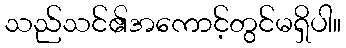
သည်သင်၏အကောင့်တွင်မရှိပါ။